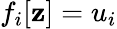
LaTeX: f_{i}[\mathbf{z}]=u_{i}